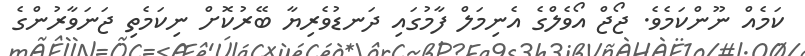
ކަމެއް ނޫންކަމެވެ. ޖޯޖް އޯވެލްގެ އެނިމަލް ފާމުގައި ދަނޑުވެރިޔާ ބޭރުކޮށް ނިކަމެތި ޖަނަވާރުންގެ